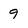
Character: 9